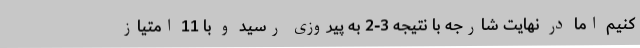
کنیم اما در نهایت شارجه با نتیجه 3-2 به پیروزی رسید و با 11 امتیاز